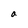
Character: a